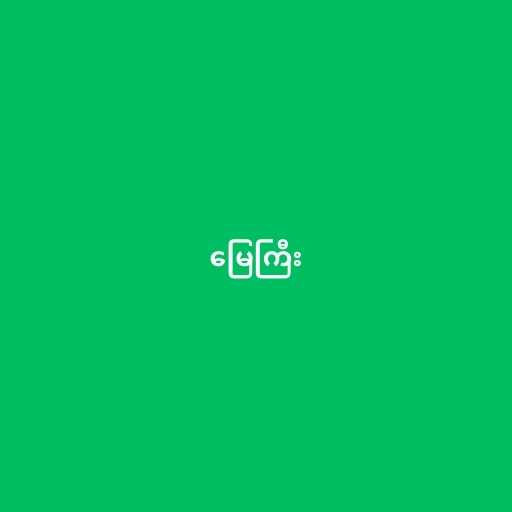
မြေကြီး